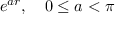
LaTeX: e ^ { a r } , \quad 0 \leq a < \pi